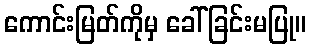
ကောင်းမြတ်ကိုမှ ခေါ်ခြင်းမပြု။